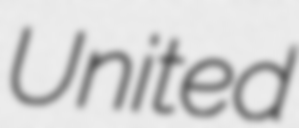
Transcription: United